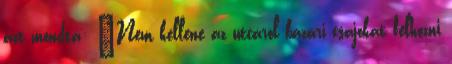
azt mondta: "Nem kellene az utcáról bazári csajokat felhozni